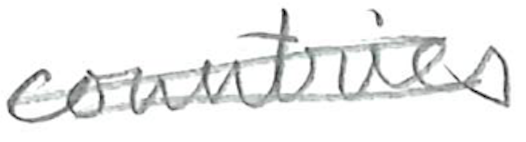
Text: countries
Cross-out: double-line
Writing tool: pencil